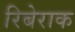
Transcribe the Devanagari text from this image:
रिबेराक